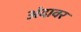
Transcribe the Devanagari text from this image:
अंदावर